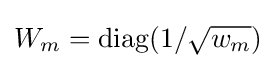
W_{m}=\operatorname {diag} (1/{\sqrt {w_{m}}})